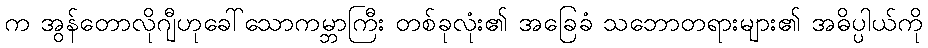
က အွန်တောလိုဂျီဟုခေါ်သောကမ္ဘာကြီး တစ်ခုလုံး၏ အခြေခံ သဘောတရားများ၏ အဓိပ္ပါယ်ကို